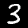
Label: 3